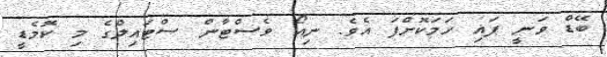
ބޭޑް ވަނީ ފައި ހަމަކޮށްފަ އެވެ. ނިއޯ ވެސްޓާން ސްޓައިލްގެ މި ކޮމެޑީ